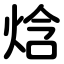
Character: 焓